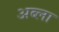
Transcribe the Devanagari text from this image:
अब्ला